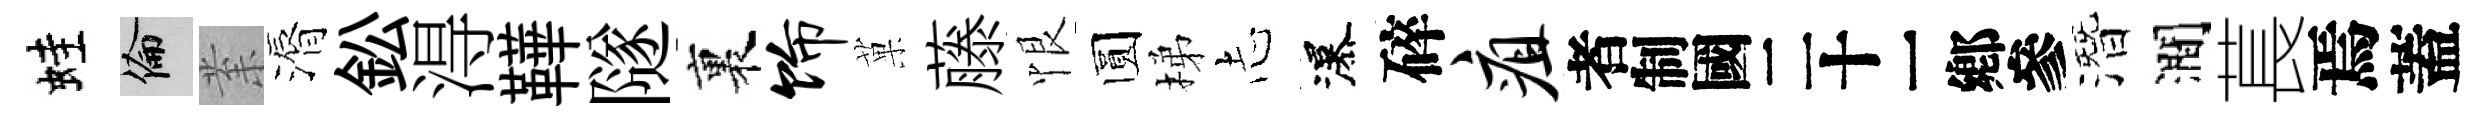
蛙倫𭪙漘鈆淂鞾隧裏饰菓藤恨圆梯𢖽瀑碎疽识潛澗萇焉蓋